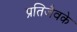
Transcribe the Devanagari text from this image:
प्रतिजैवके